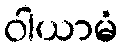
ဝါယာမံ